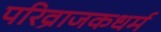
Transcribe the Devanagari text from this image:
परिव्राजकधर्म